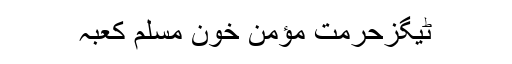
ٹیگزحرمت مؤمن خون مسلم کعبہ